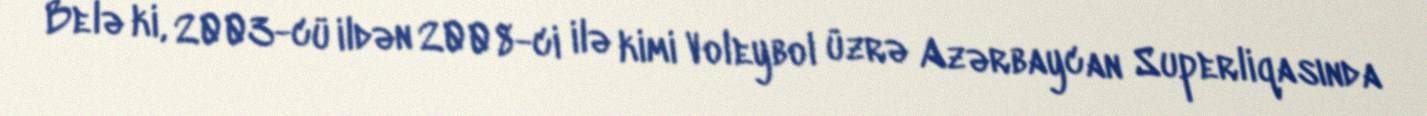
Belə ki, 2003-cü ildən 2008-ci ilə kimi Voleybol üzrə Azərbaycan Superliqasında